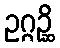
ဥဂ္ဂဉ္ဆိ